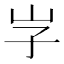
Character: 𡵇